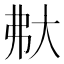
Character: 𡗻